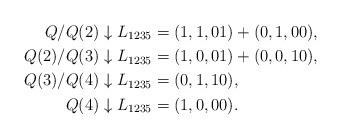
LaTeX: \begin{align*}Q/Q(2) \downarrow L_{1235} &= (1,1,01) + (0,1,00),\\Q(2)/Q(3) \downarrow L_{1235} &= (1,0,01) + (0,0,10), \\Q(3)/Q(4) \downarrow L_{1235} &= (0,1,10), \\Q(4) \downarrow L_{1235} &= (1,0,00). \end{align*}